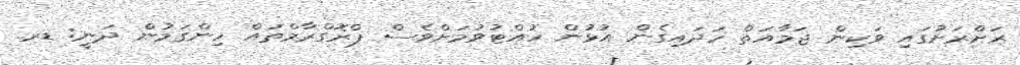
ރަށްރަށުގައި ވަކިން ޖަމާއަތް ހަދައިގެން އުޅުން ހުއްޓުވުމަށްވެސް ޕްރޮގްރާމްތައް ހިންގަމުން ދަނީ: ޑރ.